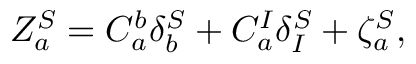
Z _ { a } ^ { S } = C _ { a } ^ { b } \delta _ { b } ^ { S } + C _ { a } ^ { I } \delta _ { I } ^ { S } + \zeta _ { a } ^ { S } ,